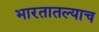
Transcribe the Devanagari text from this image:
भारतातल्याच